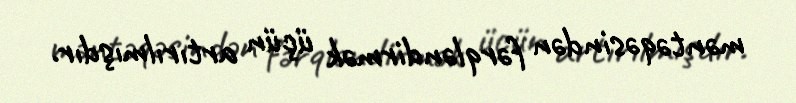
məntəqəsindən fərqləndirmək üçün artırılmışdır.